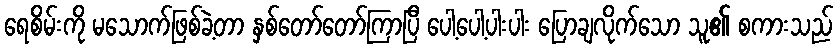
ရေစိမ်းကို မသောက်ဖြစ်ခဲ့တာ နှစ်တော်တော်ကြာပြီ ပေါ့ပေါ့ပါးပါး ပြောချလိုက်သော သူ၏ စကားသည်